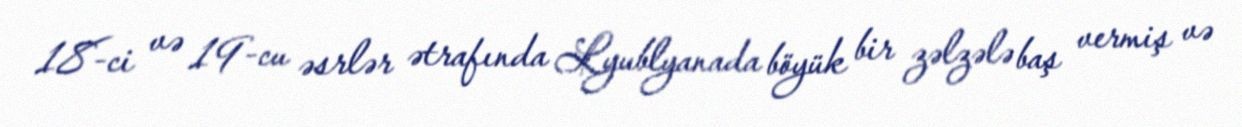
18-ci və 19-cu əsrlər ətrafında Lyublyanada böyük bir zəlzələ baş vermiş və